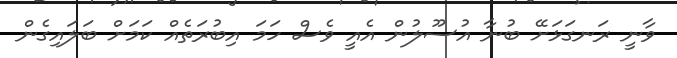
ވާނީ ރަނގަޅަށޭ ބުނާ އުސޫލުން އެއީ ވެސް ހަމަ އިބުރަތެއް ކަމަށް ބަލައިގެން